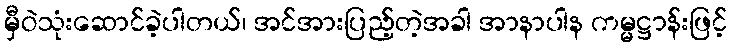
မှီဝဲသုံးဆောင်ခဲ့ပါတယ်၊ အင်အားပြည့်တဲ့အခါ အာနာပါန ကမ္မဋ္ဌာန်းဖြင့်